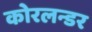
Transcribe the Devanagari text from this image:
कोरलन्डर